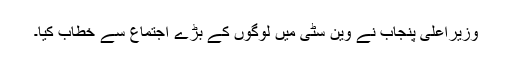
وزیراعلیٰ پنجاب نے وین سٹی میں لوگوں کے بڑے اجتماع سے خطاب کیا۔